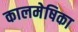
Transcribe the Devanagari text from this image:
कालमेषिका